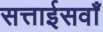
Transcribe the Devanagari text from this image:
सत्ताईसवाँ